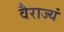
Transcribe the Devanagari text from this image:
वैराज्यं